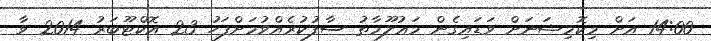
14:00 އަށް މިކޮމިޝަނަށް ވަޑައިގެން މަޢުލޫމާތު ސާފުކުރެއްވުމަށްފަހު 23 އޮކްޓޫބަރު 2014 ވާ